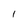
Character: 1